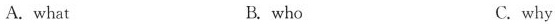
A. what B. who C. why